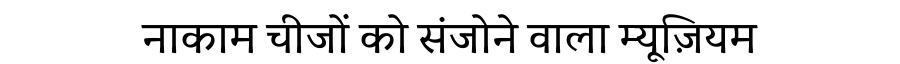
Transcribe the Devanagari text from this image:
नाकाम चीजों को संजोने वाला म्यूज़ियम